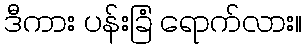
ဒီကား ပန်းခြံ ရောက်လား။